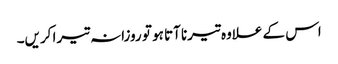
اس کے علاوہ تیرنا آتا ہو تو روزانہ تیرا کریں۔